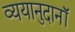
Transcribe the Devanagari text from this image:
व्ययानुदानॉ